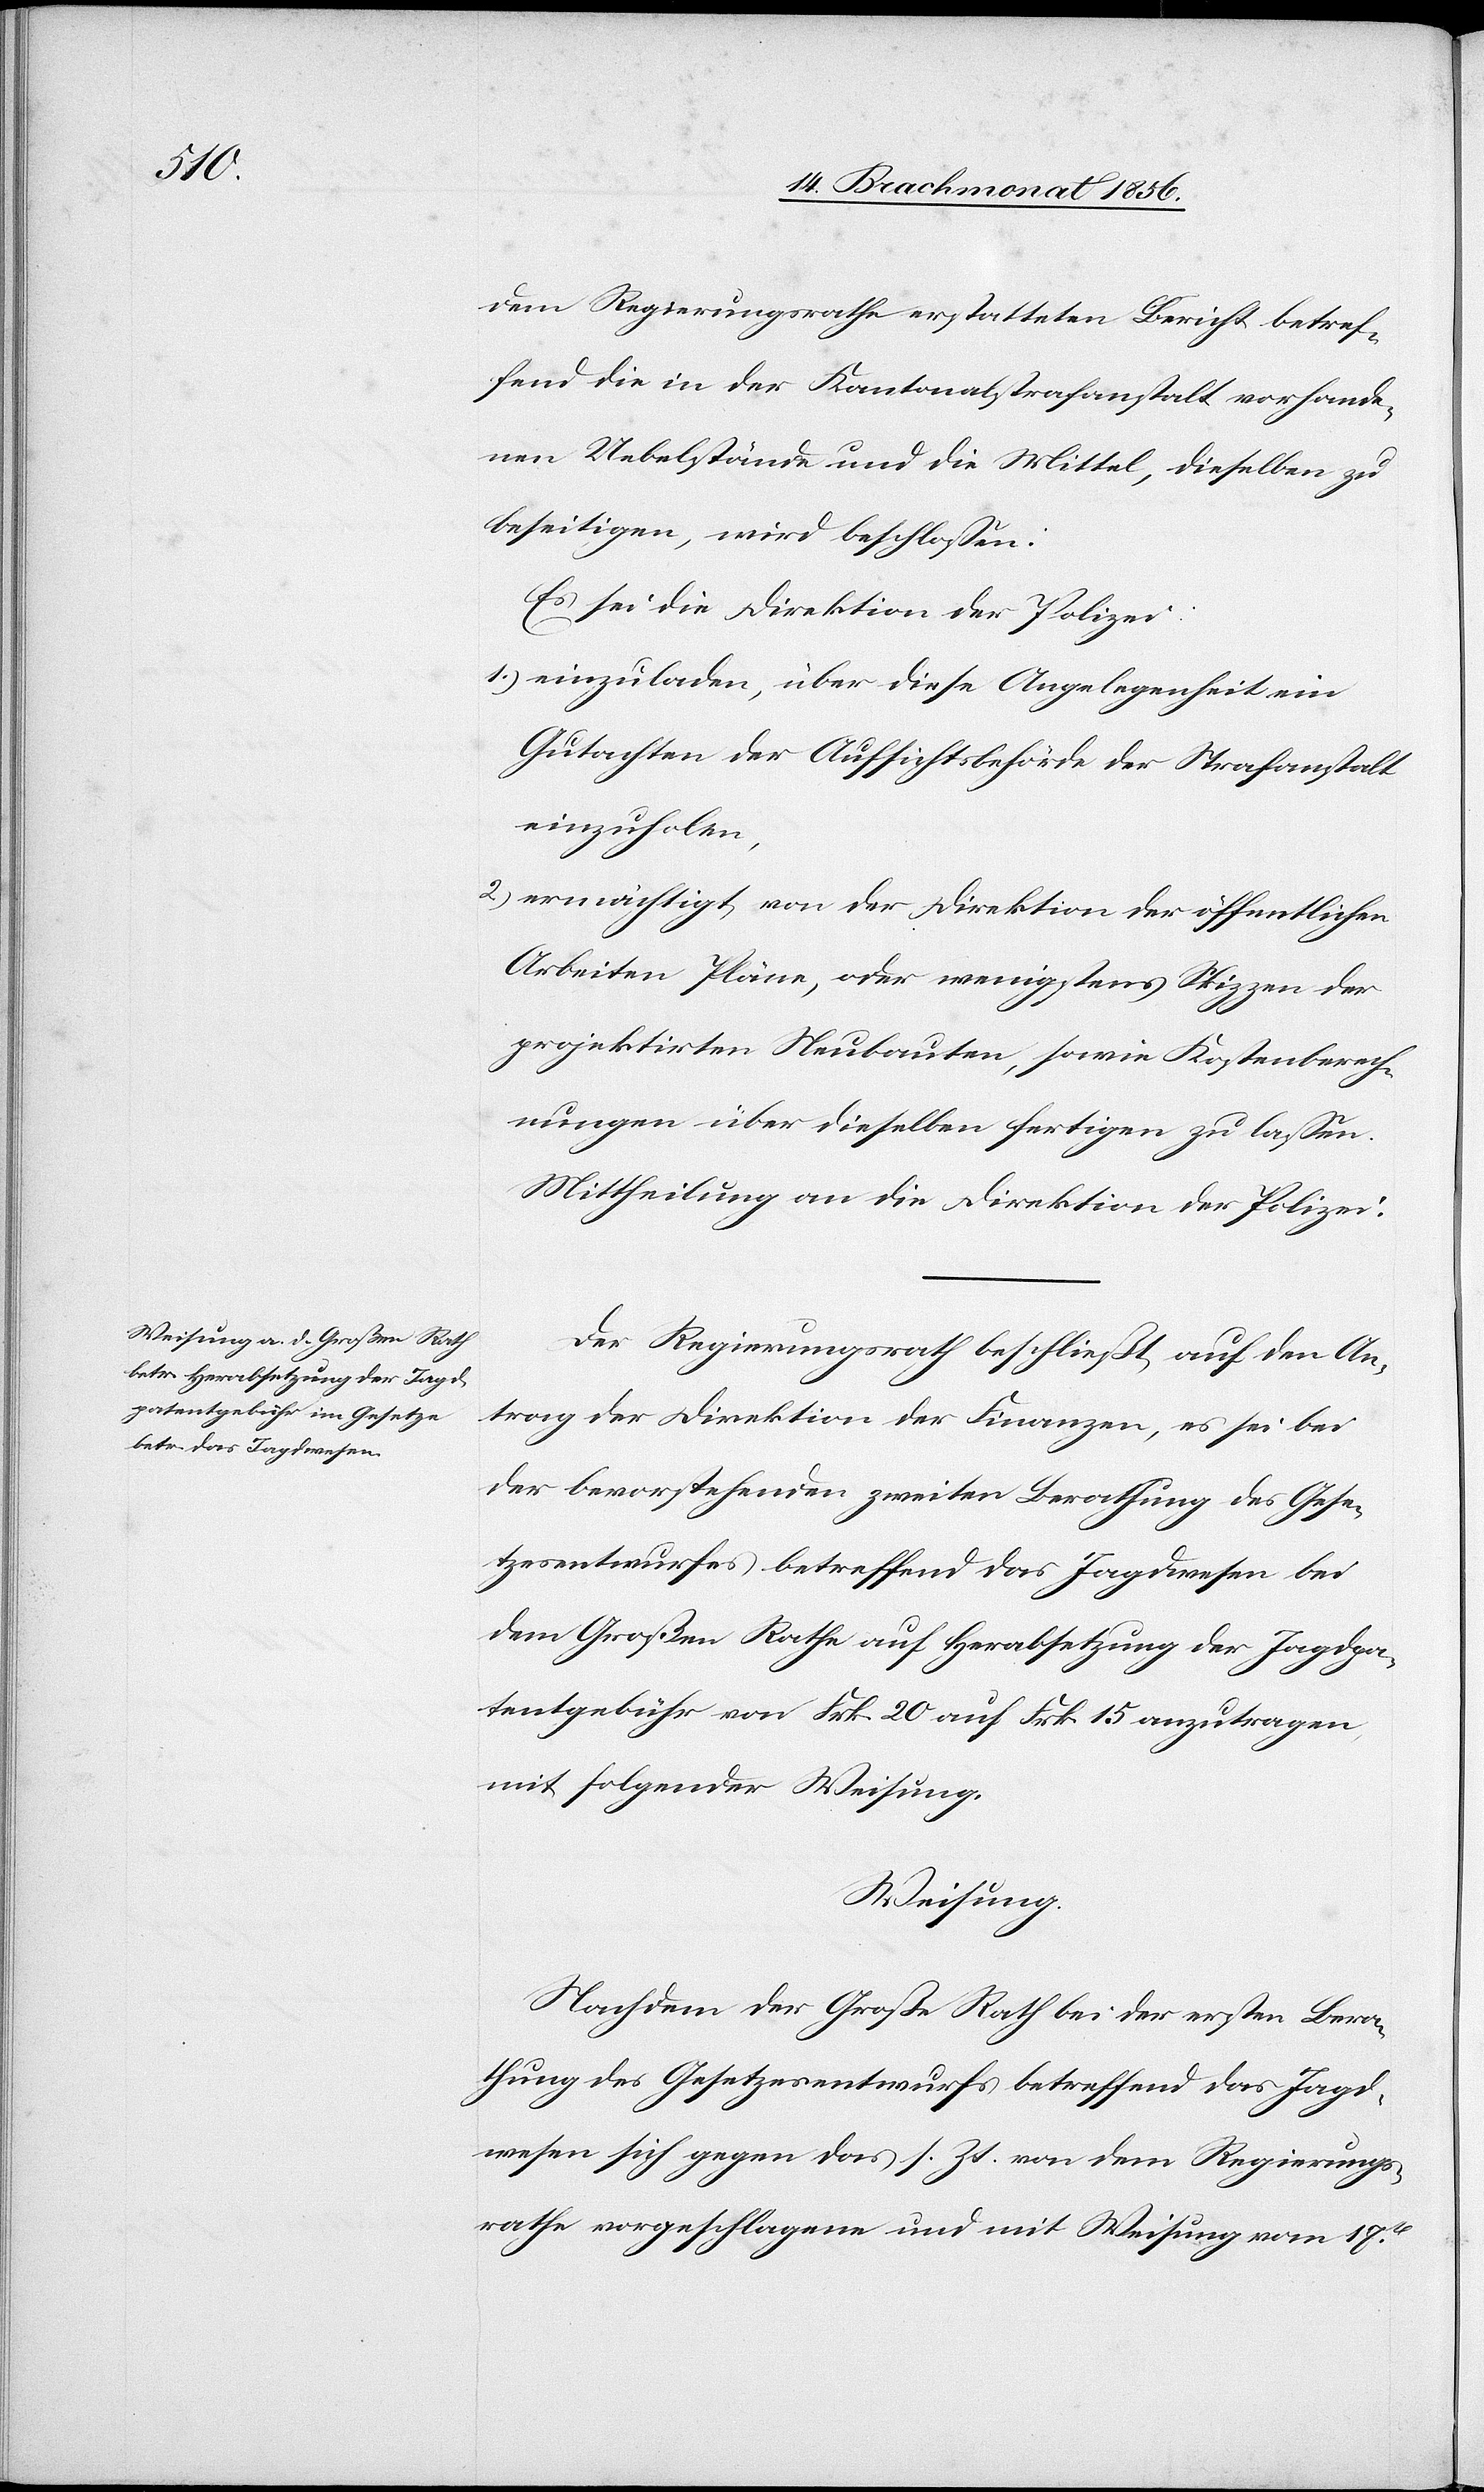
dem Regierungsrathe erstatteten Bericht betref¬
fend die in der Kantonalstrafanstalt vorhande¬
nen Uebelstände und die Mittel, dieselben zu
beseitigen, wird beschlossen:
Es sei die Direktion der Polizei:
1.) einzuladen, über diese Angelegenheit ein
Gutachten der Aufsichtsbehörde der Strafanstalt
einzuholen,
2.) ermächtigt, von der Direktion der öffentlichen
Arbeiten Pläne, oder wenigstens Skizzen der
projektirten Neubauten, sowie Kostenberech¬
nungen über dieselben fertigen zu lassen.
Mittheilung an die Direktion der Polizei.
Der Regierungsrath beschließt, auf den An¬
trag der Direktion der Finanzen, es sei bei
der bevorstehenden zweiten Berathung des Gese¬
tzesentwurfes betreffend das Jagdwesen bei
dem Großen Rathe auf Herabsetzung der Jagdpa¬
tentgebühr von Frk. 20 auf Frk. 15 anzutragen,
mit folgender Weisung.
Weisung.
Nachdem der Große Rath bei der ersten Bera¬
thung des Gesetzesentwurfs betreffend das Jagd¬
wesen sich gegen das s. Zt. von dem Regierungs¬
rathe vorgeschlagene und mit Weisung vom 17t